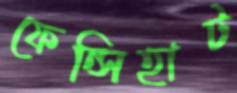
ফেন্সিহাট